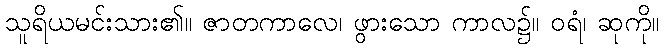
သူရိယမင်းသား၏။ ဇာတကာလေ၊ ဖွားသော ကာလ၌။ ဝရံ၊ ဆုကို။